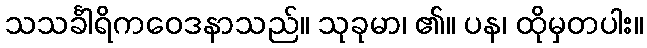
သသင်္ခါရိကဝေဒနာသည်။ သုခုမာ၊ ၏။ ပန၊ ထိုမှတပါး။